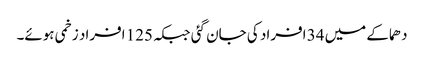
دھماکے میں 34 افراد کی جان گئی جبکہ 125 افراد زخمی ہوئے۔